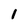
Character: I